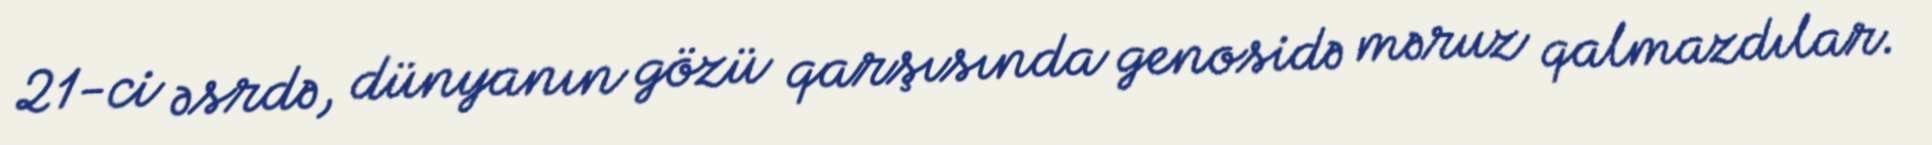
21-ci əsrdə, dünyanın gözü qarşısında genosidə məruz qalmazdılar.